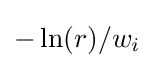
-\ln(r)/w_{i}